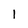
Character: 1